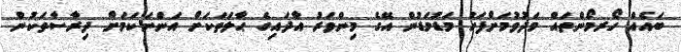
ބައެއް ހޯރމޯންތައް މަދުވުމަށްފަހު މަޑުމަޑުން އޭގެ މިންވަރު އާދައިގެ ޙާލަތަކަށް އަންނަކަމަށް ދިރާސާތަކުން